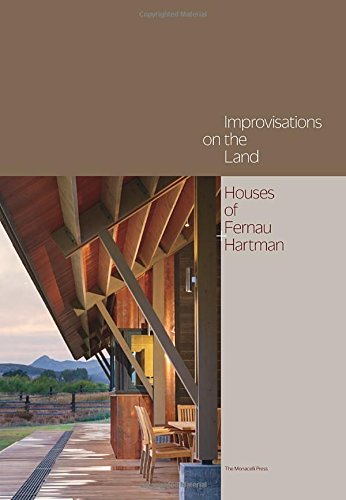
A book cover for Improvisations on the Land: Houses of Fernau + Hartman; Richard Fernau; Arts & Photography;